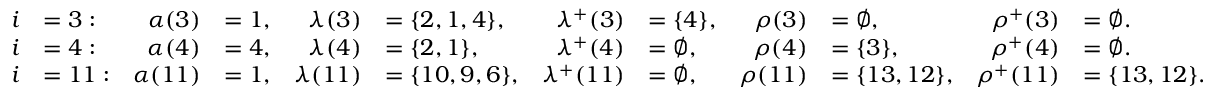
\begin{array} { r l r l r l r l r l r l } { i } & { = 3 : } & { \alpha ( 3 ) } & { = 1 , } & { \lambda ( 3 ) } & { = \{ 2 , 1 , 4 \} , } & { \lambda ^ { + } ( 3 ) } & { = \{ 4 \} , } & { \rho ( 3 ) } & { = \varnothing , } & { \rho ^ { + } ( 3 ) } & { = \varnothing . } \\ { i } & { = 4 : } & { \alpha ( 4 ) } & { = 4 , } & { \lambda ( 4 ) } & { = \{ 2 , 1 \} , } & { \lambda ^ { + } ( 4 ) } & { = \varnothing , } & { \rho ( 4 ) } & { = \{ 3 \} , } & { \rho ^ { + } ( 4 ) } & { = \varnothing . } \\ { i } & { = 1 1 : } & { \alpha ( 1 1 ) } & { = 1 , } & { \lambda ( 1 1 ) } & { = \{ 1 0 , 9 , 6 \} , } & { \lambda ^ { + } ( 1 1 ) } & { = \varnothing , } & { \rho ( 1 1 ) } & { = \{ 1 3 , 1 2 \} , } & { \rho ^ { + } ( 1 1 ) } & { = \{ 1 3 , 1 2 \} . } \end{array}